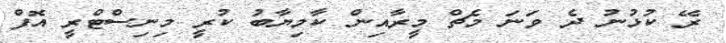
ރޭ ކުޅުނު ދެ ވަނަ މެޗް މީރާއިން ކާމިޔާބު ކުރީ މިނިސްޓްރީ އޮފް